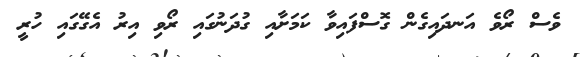
ވެސް ރޯވެ އަނދައިގެން ގޮސްފައިވާ ކަމަށާއި ގުދަނުގައި ރޯވި އިރު އެގޭގައި ހުރީ